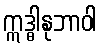
ဣဒ္ဓါနုဘာဝါ